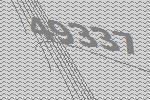
49337